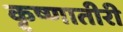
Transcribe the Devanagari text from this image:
कृष्णातीरी